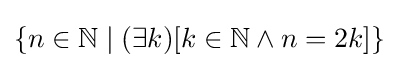
\{n\in \mathbb {N} \mid (\exists k)[k\in \mathbb {N} \land n=2k]\}